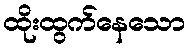
ထိုးထွက်နေသော